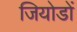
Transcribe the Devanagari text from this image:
जियोडों